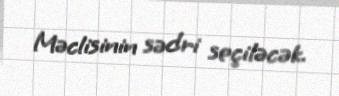
Məclisinin sədri seçiləcək.